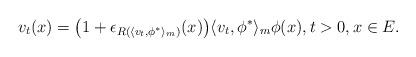
LaTeX: \begin{align*} v_t(x) = \big(1+ \epsilon_{R(\langle v_t,\phi^* \rangle_m)}(x) \big )\langle v_t,\phi^* \rangle_m \phi(x), t>0, x\in E. \end{align*}